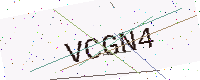
Text: VCGN4